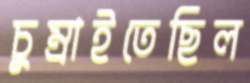
চুম্‌রাইতেছিল